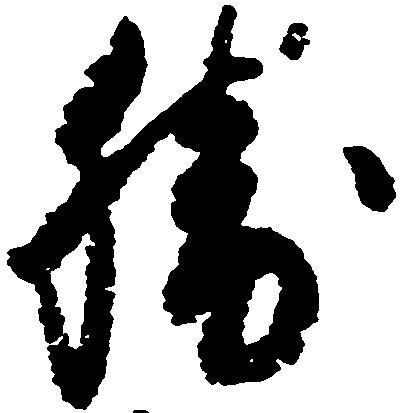
勝